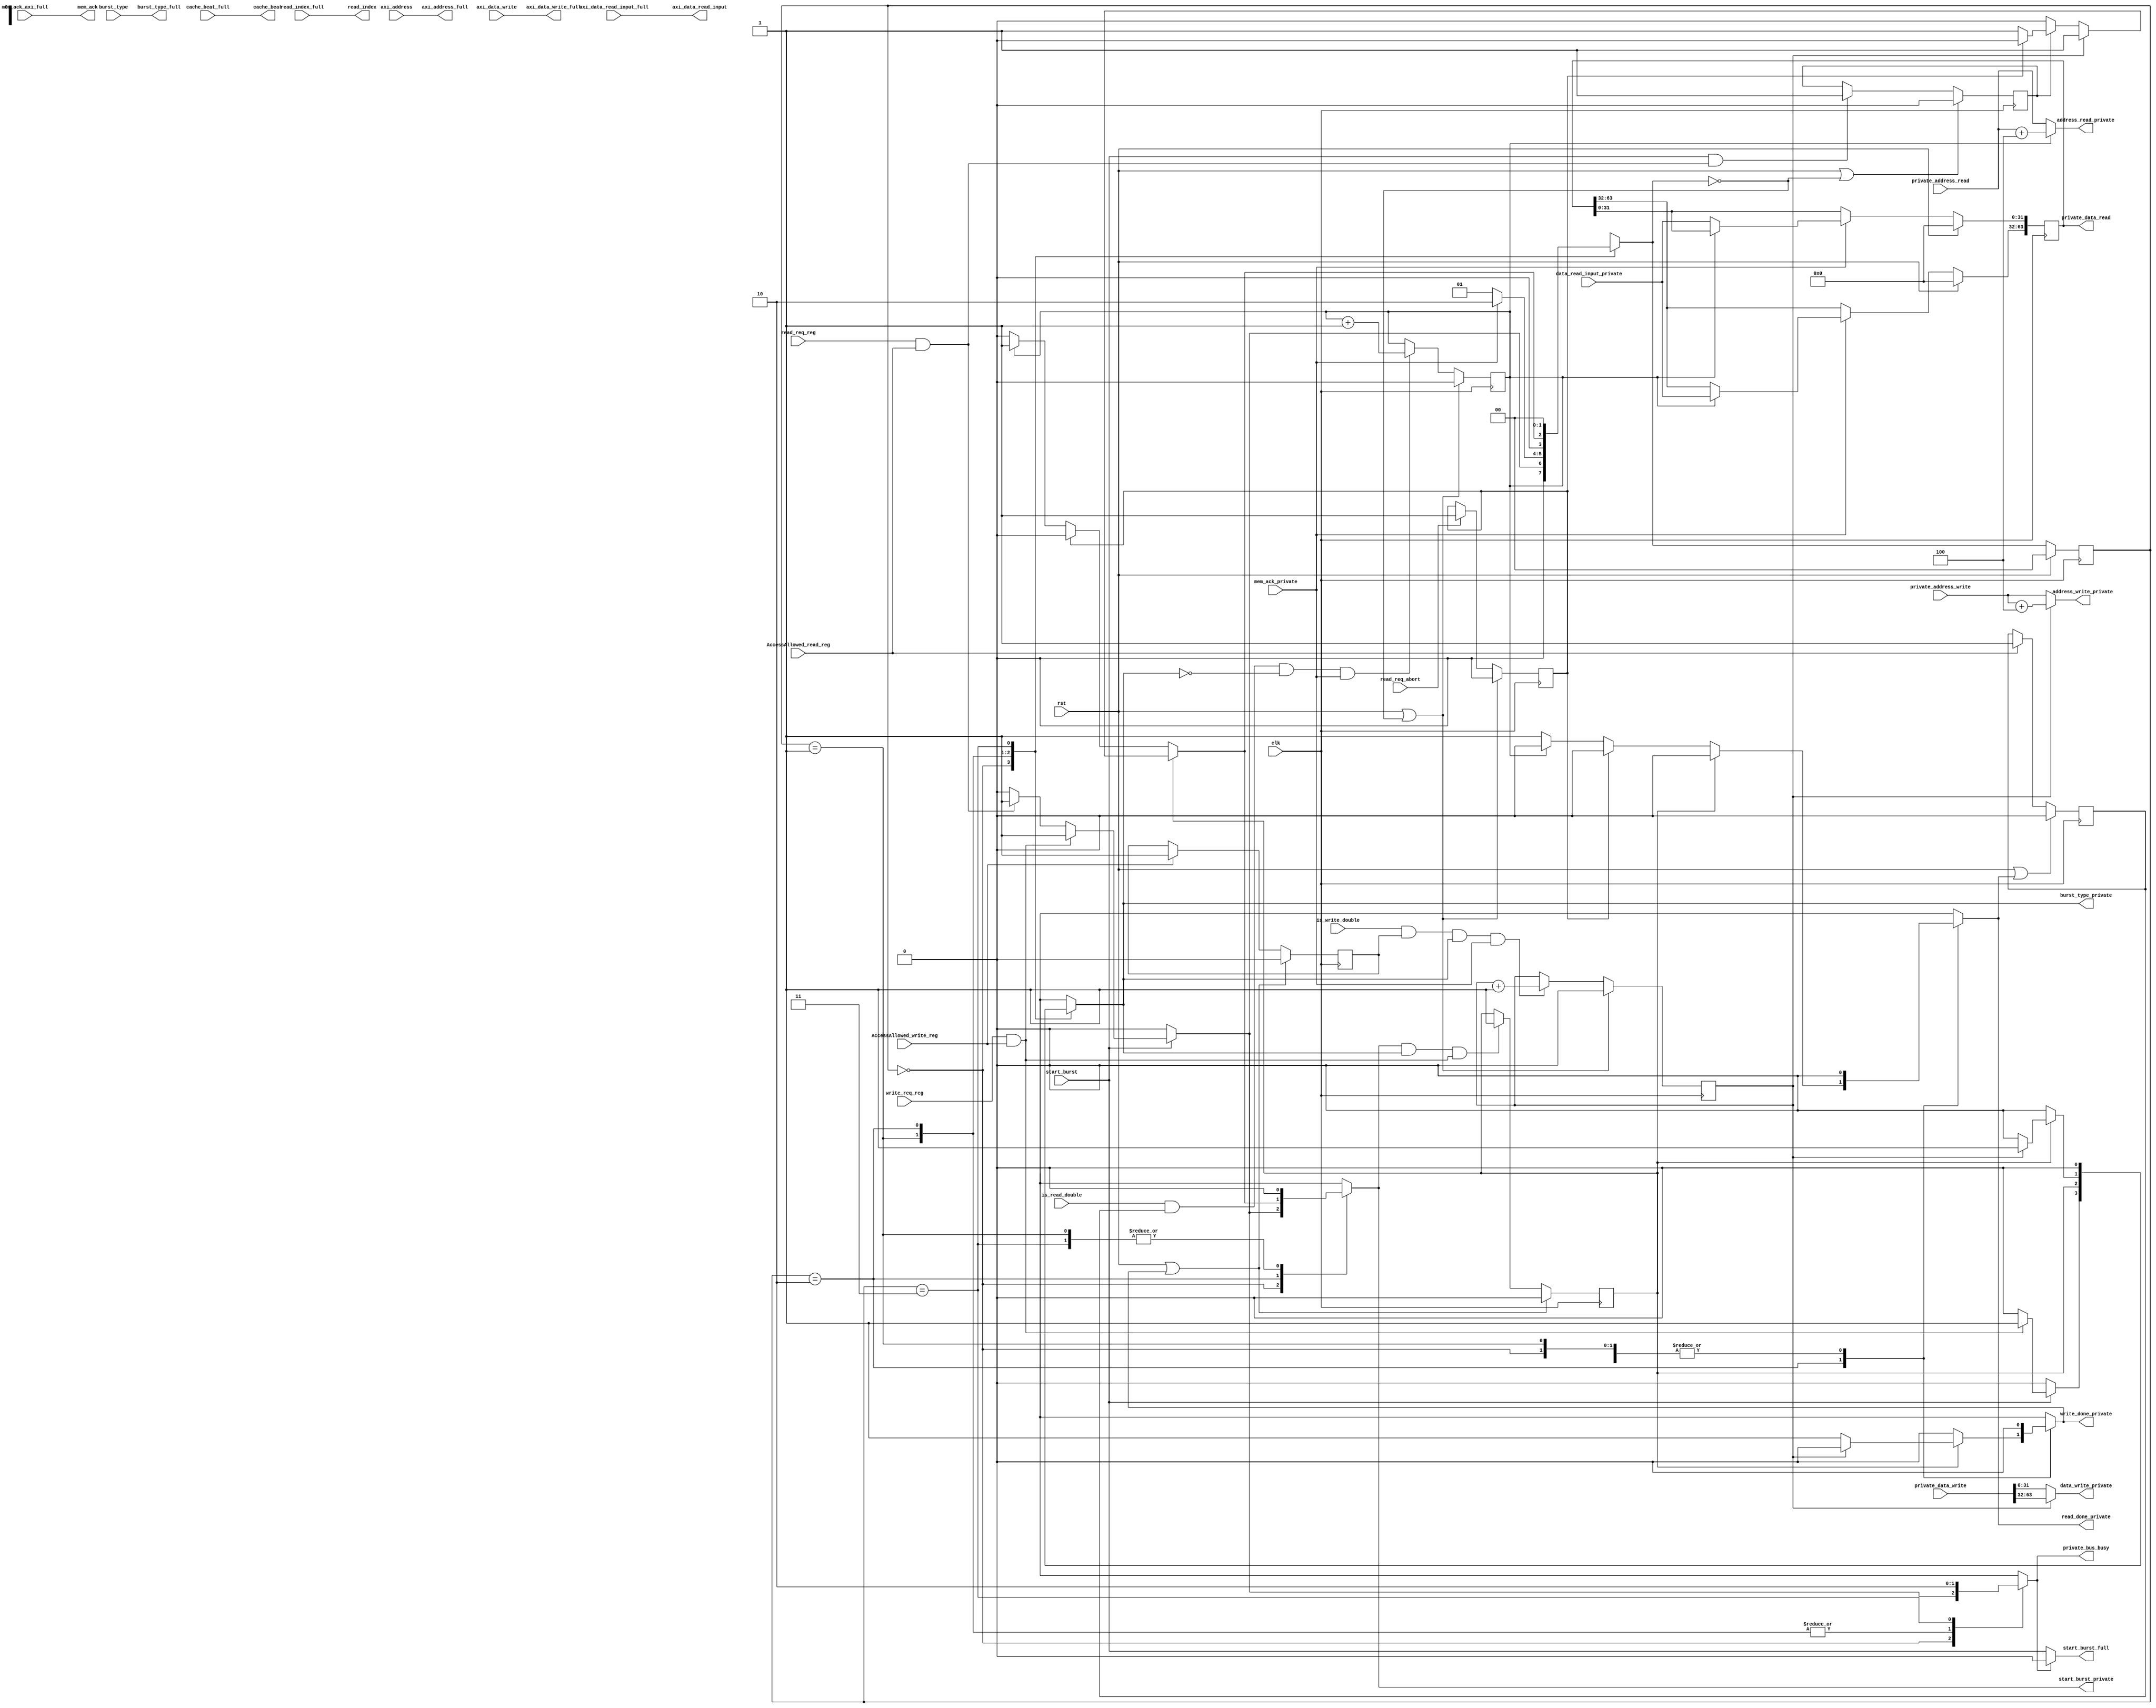
module DMem_AXI_FSM(
    input  wire clk,
    input  wire rst,
    input  wire AccessAllowed_read_reg,
    input  wire AccessAllowed_write_reg,

    //////DCACHE SIGNALS/////////////////DCACHE AND AXI_FSM INTERFACE
    input  wire read_req_abort,
    input  wire write_req_reg,
    input  wire read_req_reg,
 //  input  wire [3:0]nxstate_dcache,

    //---private bus data and address---//
    input  wire [63:0]private_data_write,
    input  wire [31:0]private_address_write,
    output reg  [63:0]private_data_read,
    input  wire [31:0]private_address_read,
    input  wire  is_read_double,
    input  wire  is_write_double,

    output wire mem_ack,
    input  wire start_burst,
    input  wire burst_type, // 1-> write to memory, 0-> read from memory
    input  wire [63:0]axi_address,
    input  wire [255:0]axi_data_write, //cache line to be read/written
    output wire cache_beat,
    output wire [7 : 0] read_index,
    output wire [63:0]axi_data_read_input,

    output reg private_bus_busy,    // use this for done signal
    output reg write_done_private,
    output reg read_done_private,


    //////////------------------AXI FULL----------------------////////////////////AXI FULL BUS AND AXI FSM INTERFACE
    input  wire mem_ack_axi_full,
    output wire start_burst_full,
    output wire burst_type_full,
    output wire [63:0]axi_address_full,
    output wire [255:0]axi_data_write_full, //cache line to be read/written
    input  wire cache_beat_full,
    input  wire [7 : 0] read_index_full,
    input  wire [63:0]axi_data_read_input_full,


    ///////////--------------------AXI LITE-----------------------/////////////////////
    input  wire mem_ack_private,
    output reg  start_burst_private,
    output reg  burst_type_private,
    output wire [31:0]address_write_private,
    output wire [31:0]address_read_private,
    output wire [31:0]data_write_private,
    input  wire [31:0]data_read_input_private
    );

    reg [1:0] prstate, nxstate;
    localparam START = 2'b00;
    localparam PRIVATE_BUS = 2'b01;
    localparam PRIVATE_BUS_DONE = 2'b10;
    localparam AXI_FULL_BUS = 2'b11;
    wire write_private, read_private;
    reg read_pending, write_required;
    reg write_count, read_count;
    wire write_double, read_double;
    reg read_req_abort_reg;

    always @ (posedge clk) begin
        if (rst | (nxstate == START))
            read_req_abort_reg <= 0;
        else if (read_req_abort)
            read_req_abort_reg <= 1;
    end

    always @ (posedge clk) begin
        if (rst | (nxstate== START)) begin
            write_count <= 0;
        end
        else if (write_double & mem_ack_private) begin
            write_count <= write_count + 1;
        end
    end

    always @ (posedge clk) begin
        if (rst | (nxstate== START)) begin
            read_count <= 0;
        end
        else if (read_double & mem_ack_private) begin
            read_count <= read_count + 1;
        end
    end

    //------------The incoming AXI data input to latch first----------//
    always @ (posedge clk) begin
        if (rst) begin
            private_data_read <= 0;
        end
        else if (mem_ack_private) begin
            if (read_count)
                private_data_read[63:32] <= data_read_input_private;
            else
                private_data_read[31:0] <= data_read_input_private;
        end
    end

    always @ (posedge clk) begin
        if (rst || (nxstate== START)) begin
            read_pending <= 0;
        end
        else if (start_burst & read_private) begin
            read_pending <= 1;
        end
    end
    always @ (posedge clk) begin
        if (rst || write_done_private) begin
            write_required <= 0;
        end
        else if (start_burst_private & burst_type_private & write_private) begin
            write_required <= 1;
        end
    end

//    assign write_double = is_write_double & write_private & burst_type_private;
//    assign read_double = is_read_double & read_private & (!burst_type_private);
//    assign write_private = write_req_reg & AccessAllowed_write_reg;
//    assign read_private = read_req_reg & AccessAllowed_read_reg;
  
  
 assign read_double = is_read_double &read_private_1 & (!burst_type_private);
    assign write_double = is_write_double & write_private_1 & burst_type_private;

 

    assign write_private = write_req_reg & AccessAllowed_write_reg;
    assign read_private = read_req_reg & AccessAllowed_read_reg;
    reg write_private_1,read_private_1;
   always @(posedge clk) begin
       if (rst || write_done_private)
            write_private_1 <= 0;
       else if(AccessAllowed_write_reg)
              write_private_1<=1'b1;
       end

      always @(posedge clk) begin
       if (rst || read_done_private)
            read_private_1 <= 0;
       else if(AccessAllowed_read_reg)
              read_private_1<=1'b1;
       end



  
  
  
  
  
    assign start_burst_full = !private_bus_busy ? start_burst : 0;
    assign burst_type_full = burst_type;
    assign mem_ack = mem_ack_axi_full;
    assign cache_beat = cache_beat_full;
    assign read_index = read_index_full;
    assign axi_data_read_input = axi_data_read_input_full;
    assign axi_address_full = axi_address;
    assign axi_data_write_full = axi_data_write;
    assign address_read_private = read_count ? (private_address_read + 4) : private_address_read;
    assign address_write_private = write_count ? (private_address_write + 4) : private_address_write;
    assign data_write_private = write_count ? private_data_write[63:32] : private_data_write[31:0];

    always @ (posedge clk) begin
        if (rst)
            prstate <= 0;
        else
            prstate <= nxstate;
    end

    always @ (*) begin
        start_burst_private = 0;
        burst_type_private = 0;
        write_done_private = 0;
        read_done_private = 0;
        private_bus_busy = 0;
        case (prstate)
        START:       begin
                     if (start_burst) begin
                         if (write_private) begin
                             start_burst_private = 1;
                             burst_type_private = 1;
                             private_bus_busy = 1;
                             nxstate = PRIVATE_BUS;
                         end
                         else if (read_private) begin
                             start_burst_private = 1;
                             private_bus_busy = 1;
                             nxstate = PRIVATE_BUS;
                         end
                         else begin // its axi full burst
                             nxstate = START;
                         end
                     end
                     else begin
                         nxstate = START;
                     end
                     end
        PRIVATE_BUS: begin
                         private_bus_busy = 1;
                         burst_type_private = write_required;
                         if (mem_ack_private) begin
                            nxstate = PRIVATE_BUS_DONE;
                         end
                         else begin
                            nxstate = PRIVATE_BUS;
                         end
                     end
        PRIVATE_BUS_DONE:begin
                         private_bus_busy = 1;
                         if (write_required) begin //this came for write
                            if (write_count) begin  // Its a DW write and only LSB has been written
                                start_burst_private = 1;
                                burst_type_private = 1;
                                nxstate = PRIVATE_BUS;
                            end
                            else if (read_pending) begin
                                write_done_private = 1;
                                if (read_req_abort_reg) begin
                                    nxstate = START;
                                end
                                else begin
                                    start_burst_private = 1;
                                    nxstate = PRIVATE_BUS;
                                end
                            end
                            else begin
                                nxstate = START;
                                write_done_private = 1;
                            end
                        end
                        else begin// this came for read
                            if (read_req_abort_reg) begin
                                nxstate = START;
                            end
                            else if (read_count) begin
                                start_burst_private = 1;
                                nxstate = PRIVATE_BUS;
                            end
                            else begin
                                nxstate = START;
                                read_done_private = 1;
                            end
                        end
                     end
        AXI_FULL_BUS:begin //we can even delete this state
                     
                        nxstate = START;
                    end 
                    
        default:    begin
                        nxstate = START;
                     end
        endcase
    end
endmodule